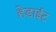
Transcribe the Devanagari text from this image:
हेडाईट